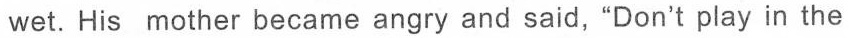
wet. His mother became angry and said, “Don't play in the